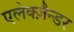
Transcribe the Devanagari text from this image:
एलेक्ज़ैन्डर